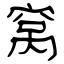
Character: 窝